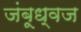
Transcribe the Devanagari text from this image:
जंबूध्वज